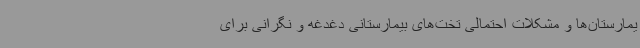
یمارستان‌ها و مشکلات احتمالی تخت‌های بیمارستانی دغدغه و نگرانی برای